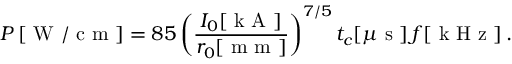
P \left[ \mathrm { ~ W ~ / ~ c ~ m ~ } \right] = 8 5 \left( \frac { I _ { 0 } [ \mathrm { ~ k ~ A ~ } ] } { r _ { 0 } [ \mathrm { ~ m ~ m ~ } ] } \right) ^ { 7 / 5 } t _ { c } [ \mu \mathrm { ~ s ~ } ] \, f [ \mathrm { ~ k ~ H ~ z ~ } ] \, .